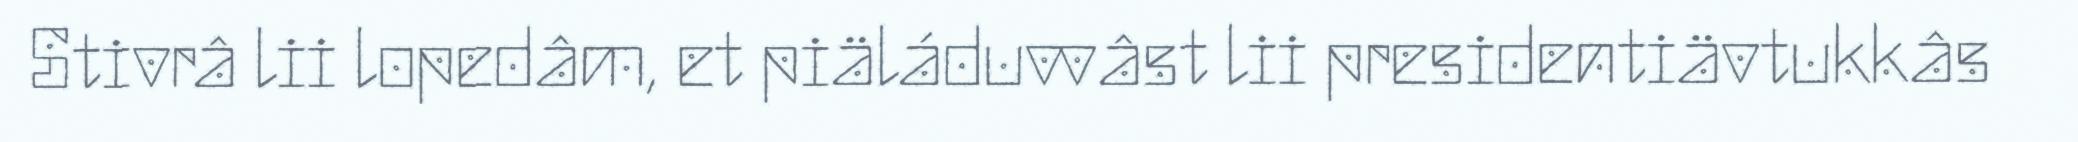
Stivrâ lii lopedâm, et piäláduvvâst lii presidentiävtukkâs